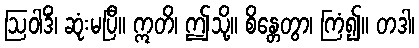
ဩဝါဒိံ၊ ဆုံးမပြီ။ ဣတိ၊ ဤသို့။ စိန္တေတွာ၊ ကြံ၍။ တဒါ၊